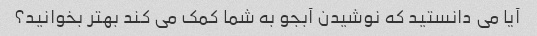
آیا می دانستید که نوشیدن آبجو به شما کمک می کند بهتر بخوانید؟